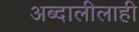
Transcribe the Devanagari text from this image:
अब्दालीलाही